Lunatic asylums Central Provinces reports 1910-1926 - 1910-1926
Year: 1910
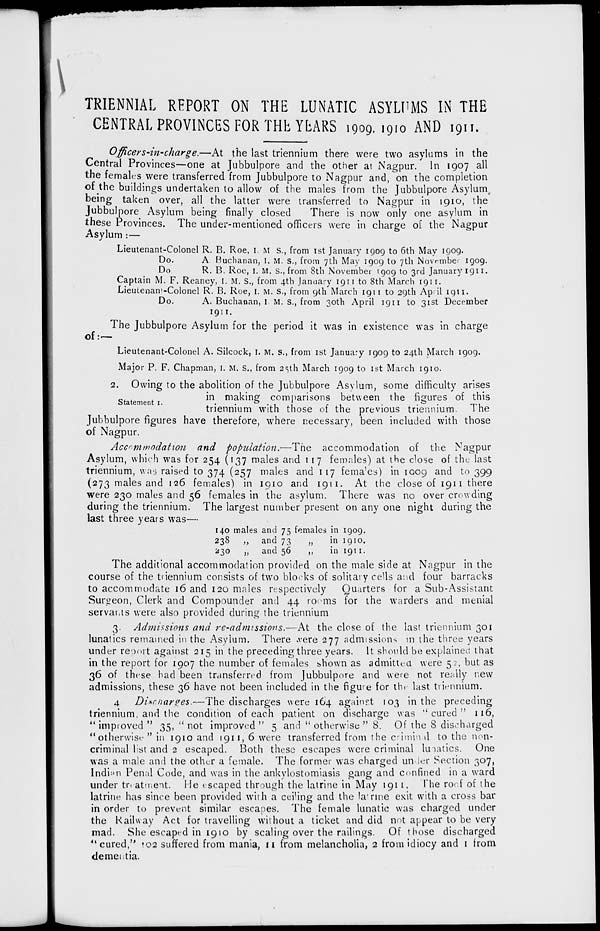
TRIENNIAL REPORT ON THE LUNATIC ASYLUMS IN THE
CENTRAL PROVINCES FOR THE YEARS 1909, 1910 AND 1911.
Officers-in-charge.—At
the last triennium there were two asylums in the
Central Provinces—one at Jubbulpore and the other at Nagpur. In 1907 all
the females were transferred from Jubbulpore to Nagpur and, on the completion
of the buildings undertaken to allow of the males from the Jubbulpore Asylum
being taken over, all the latter were transferred to Nagpur in 1910, the
Jubbulpore Asylum being finally closed
There is now only one asylum in
these Provinces. The under-mentioned officers were in charge of the Nagpur
Asylum:—
Lieutenant-Colonel R. B. Roe, I. M S., from 1st January 1909 to 6th May 1909.
Do.
A Buchanan, I. M. S., from 7th May 1909 to 7th November 1909.
Do. R. B. Roe, I. M. S., from 8th November 1909 to 3rd January 1911.
Captain M. F. Reaney, I. M. S., from 4th January 1911 to 8th March 1911.
Lieutenant-Colonel R. B. Roe, I. M. S., from 9th March 1911 to 29th April 1911.
Do.
A. Buchanan, I. M. S., from 30th April 1911 to 31st December
1911.
The Jubbulpore Asylum for the period it was in existence was in charge
of :—
Lieutenant-Colonel A. Silcock, I. M. S., from 1st January 1909 to 24th March 1909.
Major P. F. Chapman, I. M. S., from 25th March 1909 to 1st March 1910.
Statement I.
2. Owing to the abolition of the Jubbulpore Asylum, some difficulty arises
in making comparisons between the figures of this
triennium with those of the previous triennium. The
Jubbulpore figures have therefore, where necessary, been included with those
of Nagpur.
Accommodation
and population.—The
accommodation of the Nagpur
Asylum, which was for 254 (137 males and 117 females) at the close of the last
triennium, was raised to 374 (257 males and 117 females) in 1009 and to 399
(273 males and 126 females) in 1910 and 1911. At the close of 1911 there
were 230 males and 56 females in the asylum. There was no over crowding
during the triennium. The largest number present on any one night during the
last three years was—
140
238
230
males and
„
and
„
and
75 females
73
„
56 „
in 1909.
in 1910.
in 1911.
The additional accommodation provided on the male side at Nagpur in the
course of the triennium consists of two blocks of solitary cells and four barracks
to accommodate 16 and 120 males respectively
Quarters for a Sub-Assistant
Surgeon, Clerk and Compounder and 44 rooms for the warders and menial
servants were also provided during the triennium
3. Admissions and re-admissions.—At
the close of the last triennium 301
lunatics remained in the Asylum. There were 277 admissions in the three years
under report against 215 in the preceding three years. It should be explained that
in the report for 1907 the number of females shown as admitted were 52, but as
36 of these had been transferred from Jubbulpore and were not really new
admissions, these 36 have not been included in the figure for the last triennium.
4 Discharges.—The discharges were 164 against 103 in the preceding
triennium, and the condition of each patient on discharge was "cured" 116,
" improved " 35, " not improved " 5 "and " otherwise " 8. Of the 8 discharged
"otherwise " in 1910 and 1911, 6 were transferred from the criminal to the non-
criminal list and 2 escaped. Both these escapes were criminal lunatics. One
was a male and the other a female. The former was charged under Section 307,
Indian Penal Code, and was in the ankylostomiasis gang and confined in a ward
under treatment. He escaped through the latrine in May 1911. The roof of the
latrine has since been provided with a ceiling and the latrine exit with a cross bar
in order to prevent similar escapes. The female lunatic was charged under
the Railway Act for travelling without a ticket and did not appear to be very
mad. She escaped in 1910 by scaling over the railings. Of those discharged
" cured," 102 suffered from mania, 11 from melancholia, 2 from idiocy and 1 from
dementia.